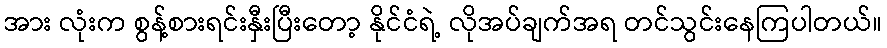
အား လုံးက စွန့်စားရင်းနှီးပြီးတော့ နိုင်ငံရဲ့ လိုအပ်ချက်အရ တင်သွင်းနေကြပါတယ်။